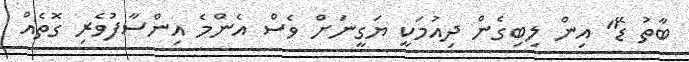
ބާތު ޑޭ" އިން ލިބިގެން ދިއުމަކީ ޔަގީނަށް ވެސް އެންމެ އިންސާފުވެރި ގޮތެއް